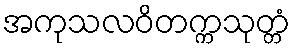
အကုသလဝိတက္ကသုတ္တံ